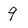
Character: 9